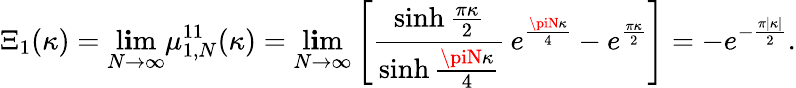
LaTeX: \Xi_{1}(\kappa)=\operatorname*{l\mathbf{i}m}_{N\to\infty}\mu_{1,N}^{11}(\kappa)=\operatorname*{l\mathbf{i}m}_{N\to\infty}\left[\frac{{\sinh\frac{{\pi\kappa}}{{2}}}}{{\sinh\frac{{\piN\kappa}}{{4}}}}\, e^{\frac{{\piN\kappa}}{{4}}}-e^{\frac{{\pi\kappa}}{{2}}}\right]=-e^{-\frac{{\pi|\kappa|}}{{2}}}.